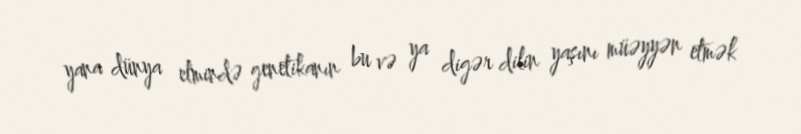
yana dünya elmində genetikanın bu və ya digər dilin yaşını müəyyən etmək